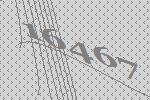
16467